Manual of the Civil Veterinary Department, Central Provinces and Berar
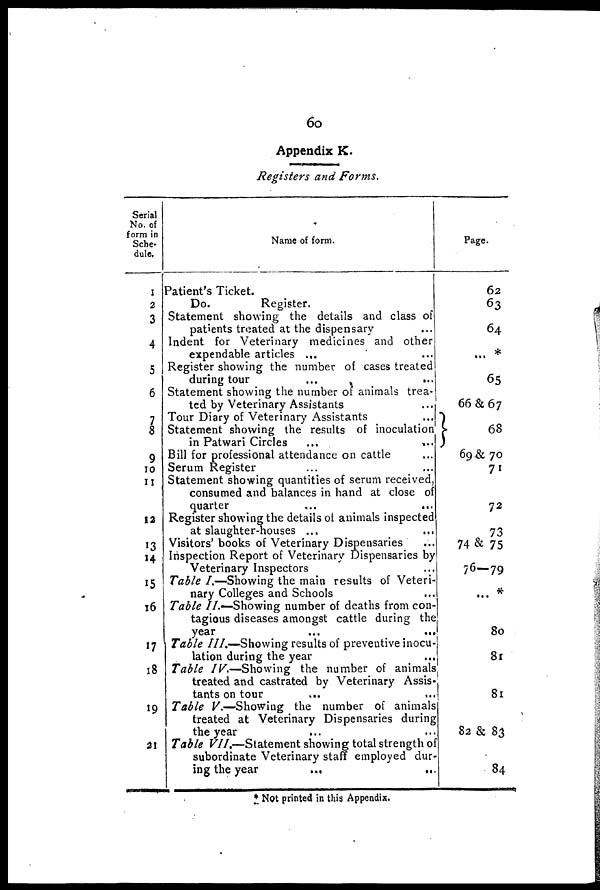
60
Appendix K.
Registers and Forms.
Serial
No. of
form in
Sche-
dule,
1
2
3
4
5
6
7
8
9
10
11
12
13
14
15
l6
17
l8
19
21
Name of form.
Patient's Ticket.
Do.
Register.
Statement showing the details and class of
patients treated at the dispensary
Indent for Veterinary medicines and other
expendable articles ...
Register showing the number of cases treated
during tour
...
Statement showing the number or animals trea-
ted by Veterinary Assistants
Tour Diary of Veterinary Assistants
Statement showing the results of inoculation
in Patwari Circles
...
*..
Bill for professional attendance on cattle
Serum Register
Statement showing quantities of serum received,
consumed and balances in hand at close of
quarter
Register showing the details ol animals inspected
at slaughter-houses ...
Visitors' books of Veterinary Dispensaries
Inspection Report of Veterinary Dispensaries by
Veterinary Inspectors
Table I.—Showing the main results of Veteri-
nary Colleges and Schools
Table II.—Showing number of deaths from con-
tagious diseases amongst cattle during the
year
Table III.—Showing results of preventive inocu-
lation during the year
Table IV.—Showing
the number of animals
treated and castrated by Veterinary Assis-
tants on tour
Table V.—Showing the number of animals
treated at Veterinary Dispensaries during
the year
Table VII.—Statement showing total strength oi
subordinate Veterinary staff employed dur-
ing the year
...
„.
Page.
62
63
64
... *
65
66 & 67
68
69 & 70
71
72
73
74 & 75
76—79
... *
80
81
81
82 & 83
84
* Not printed in this Appendix.